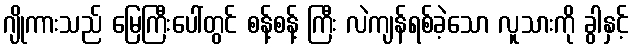
ဂျိုကားသည် မြေကြီးပေါ်တွင် စန့်စန့် ကြီး လဲကျန်ရစ်ခဲ့သော လူသားကို ခွါနှင့်